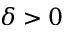
\delta > 0